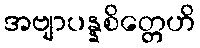
အဗျာပန္နစိတ္တေဟိ